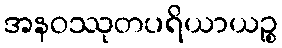
အနဝဿုတပရိယာယဉ္စ